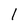
Character: 1